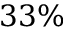
3 3 \%